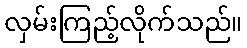
လှမ်းကြည့်လိုက်သည်။